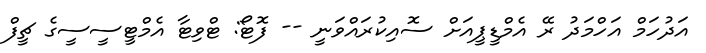
އަދުހަމް އަހްމަދު ރޭ އެމްޑީޕީއަށް ސޮއިކުރައްވަނީ -- ފޮޓޯ: ޓްވިޓާ އެމްޓީސީސީގެ ޗީފް